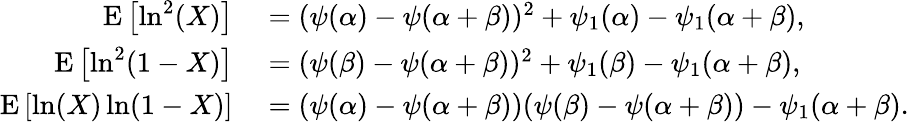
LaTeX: \begin{array}{rl}{\operatorname{E}\left[\ln^{2}(X)\right]}&{{}=(\psi(\alpha)-\psi(\alpha+\beta))^{2}+\psi_{1}(\alpha)-\psi_{1}(\alpha+\beta),}\\ {\operatorname{E}\left[\ln^{2}(1-X)\right]}&{{}=(\psi(\beta)-\psi(\alpha+\beta))^{2}+\psi_{1}(\beta)-\psi_{1}(\alpha+\beta),}\\ {\operatorname{E}\left[\ln(X)\ln(1-X)\right]}&{{}=(\psi(\alpha)-\psi(\alpha+\beta))(\psi(\beta)-\psi(\alpha+\beta))-\psi_{1}(\alpha+\beta).}\end{array}